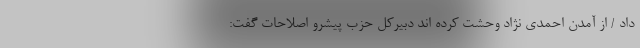
داد / از آمدن احمدى نژاد وحشت كرده اند دبیرکل حزب پیشرو اصلاحات گفت: